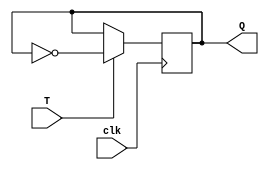
module T_latch (
    input wire T,
    input wire clk,
    output reg Q
);

always @(posedge clk) begin
    if (T)
        Q <= ~Q; // Toggle the output
end

endmodule